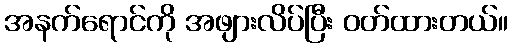
အနက်ရောင်ကို အဖျားလိပ်ပြီး ဝတ်ထားတယ်။